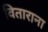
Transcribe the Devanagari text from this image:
विताराना